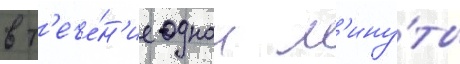
в т'ече́н'ие однои м'ину́ты